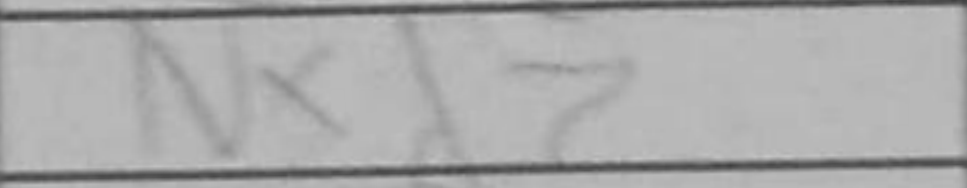
Transcription: Nxd7